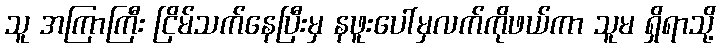
သူ အကြာကြီး ငြိမ်သက်နေပြီးမှ နဖူးပေါ်မှလက်ကိုဖယ်ကာ သူမ ရှိရာသို့